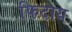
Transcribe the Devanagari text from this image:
फिदाय